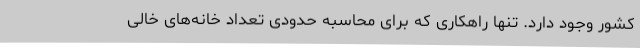
کشور وجود دارد. تنها راهکاری که برای محاسبه حدودی تعداد خانه‌های خالی